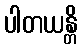
ပါတယန္တိ